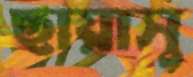
ছায়াসু